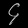
Digit: ၄